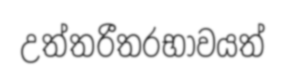
උත්තරීතරභාවයත්